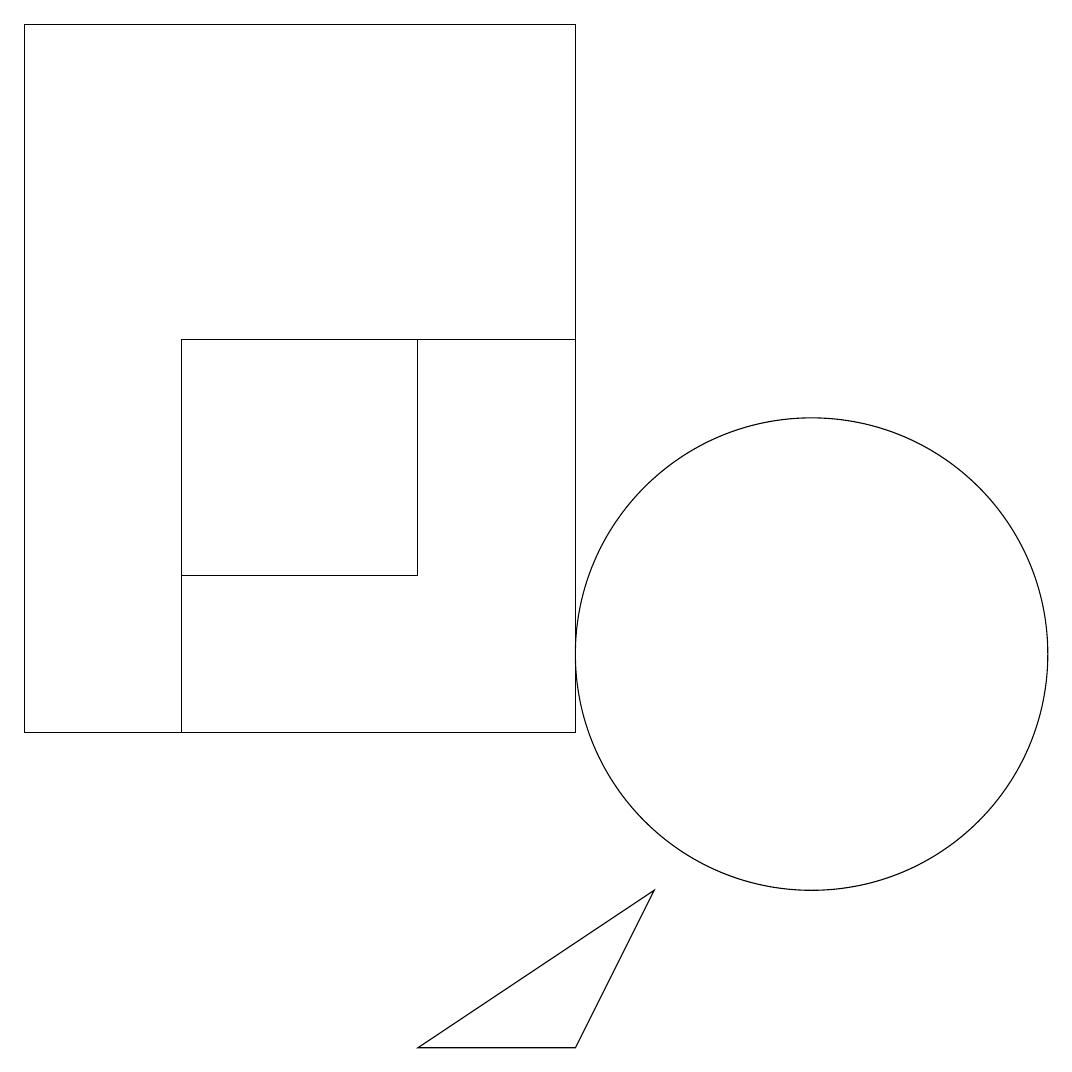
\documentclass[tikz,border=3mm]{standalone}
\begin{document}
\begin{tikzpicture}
\draw (10,11) circle (3);
\draw (5,6) -- (8,8) -- (7,6) -- cycle;
\draw (2,15) rectangle (7,10);
\draw (0,10) rectangle (7,19);
\draw (5,12) rectangle (2,15);
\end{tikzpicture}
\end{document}